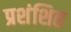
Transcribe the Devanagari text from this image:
प्रशंशित